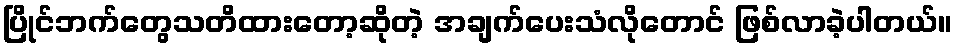
ပြိုင်ဘက်တွေသတိထားတော့ဆိုတဲ့ အချက်ပေးသံလိုတောင် ဖြစ်လာခဲ့ပါတယ်။